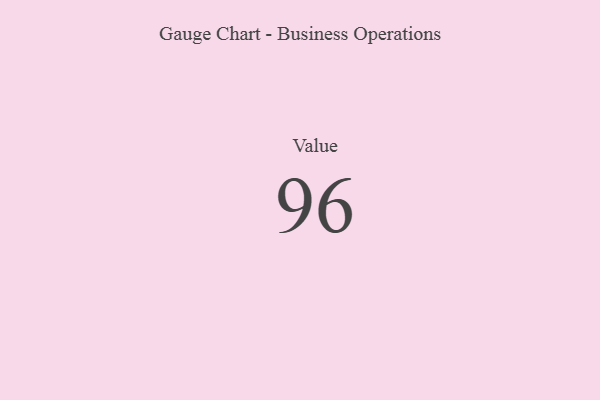
{"axis": {"x": "Metric", "y": "Value"}, "legend": [""], "data": [{"x": "Value", "y": 96, "type": ""}]}